Calcutta medical institutions reports 1879-81 [i.e.91]
Year: 1879
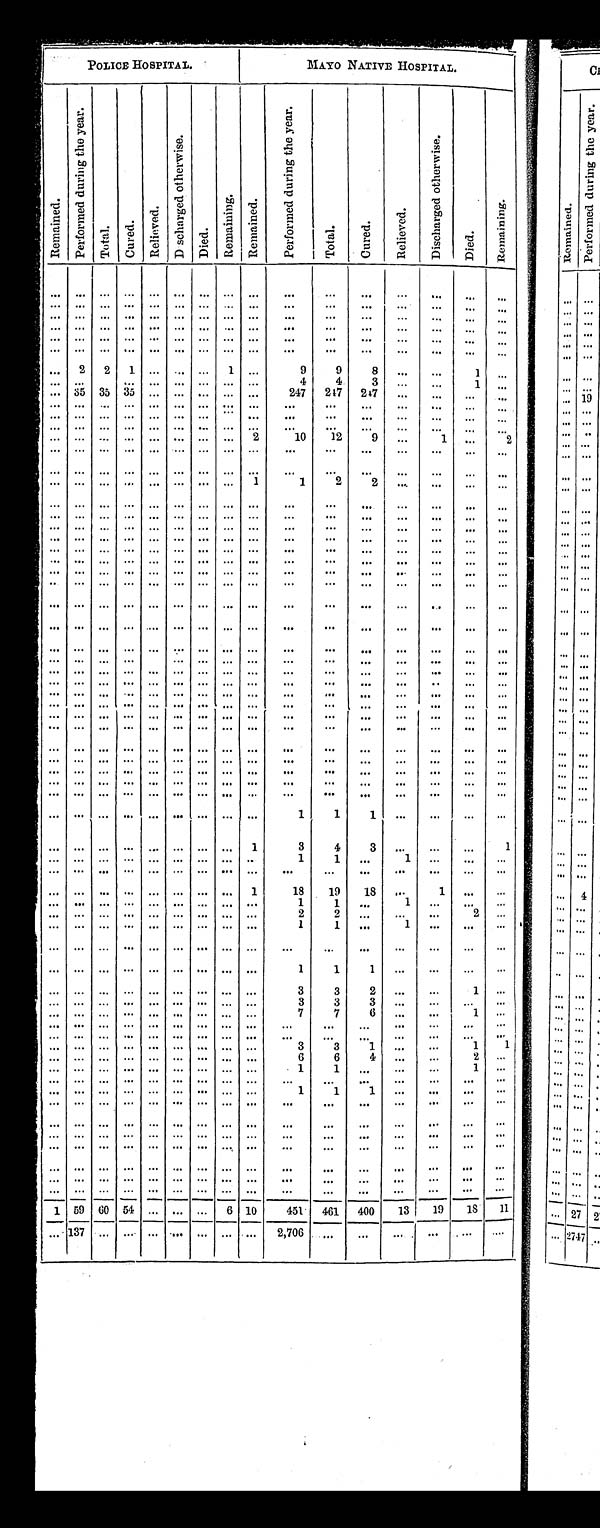
POLICE HOSPITAL.
MAYO NATIVE HOSPITAL.
R e m a i n e d .
P e r f o r m e d d u r i n g t h e y e a r .
T o t a l .
C u r e d .
R e l i e v e d .
D i s c h a r g e d o t h e r w i s e
D i e d .
Remai ni ng.
R e m a i n e d .
P e r f o r m e d d u r i n g t h e y e a r .
T o t a l .
C u r e d .
R e l i e v e d .
D i s c h a r g e d o t h e r w i s e .
D i e d .
R e m a i n i n g .
. . .
. . .
. . .
. . .
. . .
. . .
. . . . . .
. . .
. . .
. . .
. . .
. . .
. . .
. . .. . .
. . .
. . .
. . .
. . .
. . .
. . . . . . . . .
. . .
. . .
. . .
. . .
. . .
. . .
. . . . . .
. . .
. . .
. . .
. . .
. . .
. . .
. . . . . .
. . .
. . .
. . .
. . .
. . .
. . .
. . .. . .
. . .
. . .
. . .
. . .
. . .
. . .
. . . . . .
. . .
. . .
. . .
. . .
. . .
. . .
. . .. . .
. . .
. . .
. . .
. . .
. . .
. . . . . . . . .
. . .
. . .
. . .
. . .
. . .
. . .
. . .
. . .
. . .
. . .
. . .
. . .
. . .
. . . . . . . . .
. . .
. . .
. . .
. . .
. . .
. . .
. . . . . .
. . .
2
2
1
. . .
. . .. . . 1
. . .
9
9
8
. . .
. . .
1
. . .
. . .
. . .
. . .
. . .
. . .
. . . . . . . . .
. . .
4
4
3
. . .
. . .
1
. . .
. . . 35 35 35
. . .
. . . . . . . . .
. . .
247
247
247
. . .
. . .
. . . . . .
. . .
. . .
. . .
. . .
. . .
. . .. . . . . .
. . .
. . .
. . .
. . .
. . .
. . .
. . .
. . .
. . .
. . .
. . .
. . .
. . .
. . . . . . . . .
. . .
. . .
. . .
. . .
. . .
. . .
. . .
. . .
. . .
. . .
. . .
. . .
. . .
. . . . . . . . .
. . .
. . .
. . .
. . .
. . .
. . .
. . . . . .
. . .
. . .
. . .
. . .
. . .
. . . . . . . . . . .
2
10
12
9
. . .
1
. . .
2
. . .
. . .
. . .
. . .
. . .
. . . . . . . . .
. . .
. . .
. . .
. . .
. . .
. . .
. . .. . .
. . .
. . .
. . .
. . .
. . .
. . . . . . . . .
. . .
. . .
. . .
. . .
. . .
. . .
. . .
. . .
. . .
. . .
. . .
. . .
. . .
. . . . . . . . .
1
1
2
2
. . .
. . .
. . . . . .
. . .
. . .
. . .
. . .
. . .
. . . . . . . . .
. . .
. . .
. . .
. . .
. . .
. . .
. . .
. . .
. . .
. . .
. . .
. . .
. . .
. . . . . . . . .
. . .
. . .
. . .
. . .
. . .
. . .
. . .
. . .
. . .
. . .
. . .
. . .
. . .
. . . . . . . . .
. . .
. . .
. . .
. . .
. . .
. . .
. . .
. . .
. . .
. . .
. . .
. . .
. . .
. . . . . . . . .
. . .
. . .
. . .
. . .
. . .
. . .
. . .
. . .
. . .
. . .
. . .
. . .
. . .
. . . . . . . . .
. . .
. . .
. . .
. . .
. . .
. . .
. . .
. . .
. . .
. . .
. . .
. . .
. . .
. . . . . . . . .
. . .
. . .
. . .
. . .
. . .
. . .
. . .
. . .
. . .
. . .
. . .
. . .
. . .
. . . . . . . . .
. . .
. . .
. . .
. . .
. . .
. . .
. . . . . .
. . .
. . .
. . .
. . .
. . .
. . . . . . . . .
. . .
. . .
. . .
. . .
. . .
. . .
. . .
. . .
. . .
. . .
. . .
. . .
. . .
. . . . . . . . .
. . .
. . .
. . .
. . .
. . .
. . .
. . . . . .
. . .
. . .
. . .
. . .
. . .
. . .. . . . . .
. . .
. . .
. . .
. . .
. . .
. . .
. . .
. . .
. . .
. . .
. . .
. . .
. . .
. . . . . . . . .
. . .
. . .
. . .
. . .
. . .
. . .
. . . . . .
. . .
. . .
. . .
. . .
. . . . . . . . . . . .
. . .
. . .
. . .
. . .
. . .
. . .
. . . . . .
. . .
. . .
. . .
. . .
. . .
. . . . . . . . .
. . .
. . .
. . .
. . .
. . .
. . .
. . . . . .
. . .
. . .
. . .
. . .
. . . . . . . . . . . .
. . .
. . .
. . .
. . .
. . .
. . .
. . .
. . .
. . .
. . .
. . .
. . .
. . .
. . . . . . . . .
. . .
. . .
. . .
. . .
. . .
. . .
. . .
. . .
. . . . . .
. . .
. . .
. . .
. . . . . . . . .
. . .
. . .
. . .
. . .
. . .
. . .
. . .
. . .
. . .
. . .
. . .
. . .
. . . . . .
. . . . . .
. . .
. . .
. . .
. . .
. . .
. . .
. . .
. . .
. . .
. . .
. . .
. . .
. . . . . . . . .
. . .
. . .
. . .
. . .
. . .
. . .
. . .
. . . . . .
. . .
. . .
. . .
. . .
. . .. . . . . .
. . .
. . .
. . .
. . .
. . .
. . .
. . .
. . .
. . .
. . .
. . .
. . .
. . .
. . . . . . . . . . . .
. . .
. . .
. . .
. . .
. . .
. . .
. . . . . .
. . .
. . .
. . .
. . .
. . . . . . . . . . . . .
. . .
. . .
. . .
. . .
. . .
. . .
. . . . . .
. . .
. . .
. . .
. . .
. . .
. . . . . . . . .
. . .
. . .
. . .
. . .
. . .
. . .
. . .
. . .
. . .
. . .
. . .
. . .
. . .
. . .. . .
. . .
. . .
. . .
. . .. . .
. . .
. . .
. . . . . .
. . .
. . .
. . .
. . .
. . .
. . .. . .
. . .
. . .
. . .
1 1
1
. . .
. . .
. . .
. . .
. . .
. . .
. . .
. . .
. . . . . . . . .
1
3
4
3
. . .
. . .
. . .
1
. . .
. . .
. . .
. . .
. . . . . . . . . . . .
. . .
1
1
. . .
1
. . .
. . .. . .
. . .
. . .
. . .
. . .
. . .
. . .. . . . . .
. . .
. . .
. . .
. . .
. . .
. . .
. . .. . .
. . .
. . .
. . .
. . .
. . .
. . . . . . . . . 1
18
19
18
. . .
1
. . .. . .
. . .
. . .
. . .
. . .
. . .
. . . . . . . . .
. . .
1
1
. . .
1
. . .
. . .. . .
. . .
. . .
. . .
. . .
. . .
. . . . . . . . .
. . .
2
2
. . .
. . .
. . .
2
. . .
. . .
. . .
. . .
. . .
. . . . . . . . .
. . .
. . .
1
1
. . .
1
. . .
. . .. . .
. . .
. . .
. . .
. . .
. . . . . . . . . . . .
. . .
. . .
. . .
. . .
. . .
. . .
. . .
. . .
. . .
. . .
. . .
. . .
. . . . . . . . .
. . .
. . .
1
1
1
. . .
. . .
. . . . . .
. . .
. . .
. . .
. . .
. . .
. . . . . . . . .
. . .
3
3
2
. . .
. . .
1
. . .
. . .
. . .
. . .
. . .
. . . . . . . . .
. . .
. . .
3
3
3
. . .
. . .
. . . . . .
. . .
. . .
. . .
. . .
. . . . . . . . .
. . .
. . .
7
7
6
. . .
. . .
1
. . .
. . .
. . .
. . .
. . .
. . .
. . . . . .
. . .
. . .
. . .
. . .
. . .
. . .
. . .
. . .
. . .
. . .
. . .
. . .
. . .
. . . . . . . . .
. . .
. . .
. . .
. . .
. . .
. . .
. . .
. . .
. . .
. . .
. . .
. . .
. . .
. . . . . . . . . . . .
. . .
3
3
1
. . .
. . .
1 1
. . .
. . .
. . .
. . .
. . . . . . . . . . . .
. . .
6
6
4
. . .
. . .
2
. . .
. . .
. . .
. . .
. . .
. . . . . . . . . . . .
. . .
1
1
. . .
. . .
. . .
1
. . .
. . .
. . .
. . .
. . .
. . . . . . . . . . . .
. . .
. . .
. . .
. . .
. . .
. . .
. . . . . .
. . .
. . .
. . .
. . .
. . . . . . . . .
. . .
. . .
1
1
1
. . .
. . .
. . . . . .
. . .
. . .
. . .
. . .
. . .
. . . . . .
. . .
. . .
. . .
. . .
. . .
. . .
. . .
. . .
. . .
. . .
. . .
. . .
. . .
. . .
. . . . . . . . .
. . .
. . .
. . .
. . .
. . .
. . .
. . .
. . .
. . .
. . .
. . .
. . .
. . .
. . . . . .
. . .
. . .
. . .
. . .
. . .
. . .
. . .
. . .
. . .
. . .
. . .
. . .
. . .
. . . . . . . . .
. . .
. . .
. . .
. . .
. . .
. . .
. . .
. . .
. . .
. . .
. . .
. . .
. . .
. . .
. . .. . . . . .
. . .
. . .
. . .
. . .
. . . . . .
. . . . . .
. . .
. . .
. . .
. . .
. . . . . . . . . . . .
. . .
. . .
. . .
. . .
. . .
. . .
. . .
. . .
1
59 60 54
. . . . . . . . .
6 10
451
461
400
13
19
18
11
. . .
1 3 7
. . .
. . .
. . .
. . .. . . . . .
. . .
2 , 7 0 . . .
. . .
. . .. . .
. . .. . .